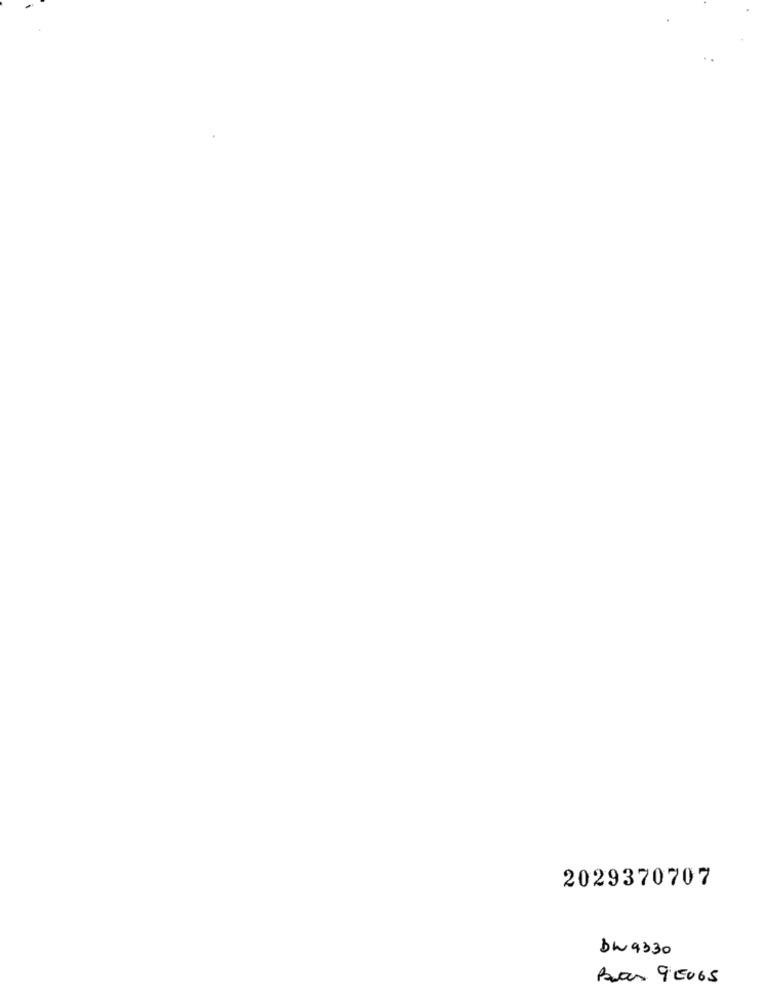
2029370707
DW9330
Bas 90065